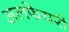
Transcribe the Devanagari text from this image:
अलफेयरी